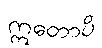
ဣတောပိ